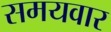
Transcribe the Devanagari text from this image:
समयवार